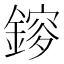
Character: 𨫂